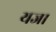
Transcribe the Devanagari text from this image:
यजा